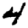
Digit: 4